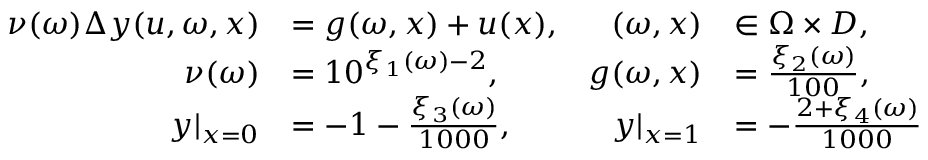
\begin{array} { r } { \begin{array} { r l r l } { \nu ( \omega ) \Delta y ( u , \omega , x ) } & { = g ( \omega , x ) + u ( x ) , } & { ( \omega , x ) } & { \in \Omega \times D , } \\ { \nu ( \omega ) } & { = 1 0 ^ { \xi _ { 1 } ( \omega ) - 2 } , } & { g ( \omega , x ) } & { = \frac { \xi _ { 2 } ( \omega ) } { 1 0 0 } , } \\ { y | _ { x = 0 } } & { = - 1 - \frac { \xi _ { 3 } ( \omega ) } { 1 0 0 0 } , } & { y | _ { x = 1 } } & { = - \frac { 2 + \xi _ { 4 } ( \omega ) } { 1 0 0 0 } } \end{array} } \end{array}